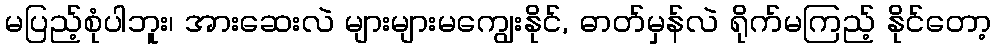
မပြည့်စုံပါဘူး၊ အားဆေးလဲ များများမကျွေးနိုင်, ဓာတ်မှန်လဲ ရိုက်မကြည့် နိုင်တော့